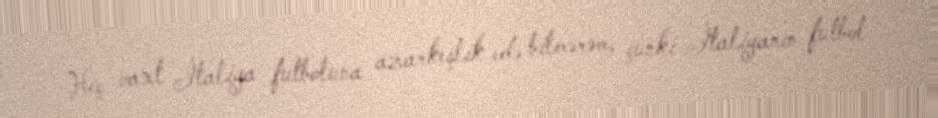
Heç vaxt İtaliya futboluna azarkeşlik edə bilmərəm, çünki İtaliyanın futbol